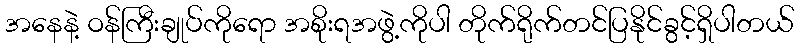
အနေနဲ့ ဝန်ကြီးချုပ်ကိုရော အစိုးရအဖွဲ့ကိုပါ တိုက်ရိုက်တင်ပြနိုင်ခွင့်ရှိပါတယ်